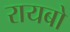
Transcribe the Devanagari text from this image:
रायबो